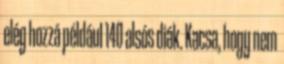
elég hozzá például 140 alsós diák. Kacsa, hogy nem